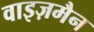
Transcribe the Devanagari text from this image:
वाइज़मैन